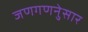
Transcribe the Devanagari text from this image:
जणगणनेुसार